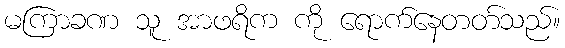
မကြာခဏ သူ အာဖရိက ကို ရောက်နေတတ်သည်။